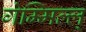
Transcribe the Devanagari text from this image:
गेम्मिल्ल्